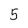
Character: 5